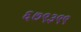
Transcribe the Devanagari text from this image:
६७९३९९